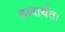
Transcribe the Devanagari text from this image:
शब्दार्थतः